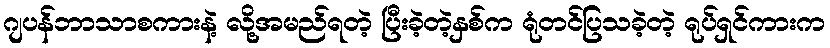
ဂျပန်ဘာသာစကားနဲ့ လို့အမည်ရတဲ့ ပြီးခဲ့တဲ့နှစ်က ရုံတင်ပြသခဲ့တဲ့ ရုပ်ရှင်ကားက